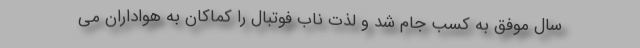
سال موفق به کسب جام شد و لذت ناب فوتبال را کماکان به هواداران می‌